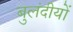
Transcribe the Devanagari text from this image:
बुलंदीयों